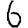
Digit: 6